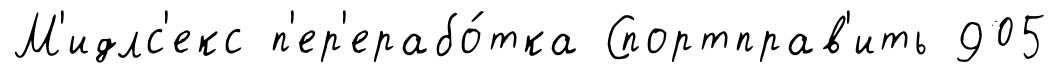
М'идлс'екс п'ер'ерабо́тка Спортправ'ить 905